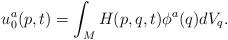
LaTeX: \begin{align*}u^a_0 ( p , t) = \int_M H(p, q , t) \phi^a (q) d V_q.\end{align*}